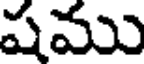
షము